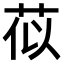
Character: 𫈄